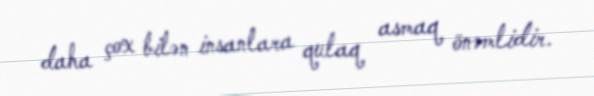
daha çox bilən insanlara qulaq asmaq önəmlidir.